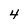
Character: 4